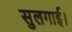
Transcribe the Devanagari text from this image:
सुलगाई।